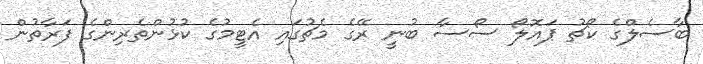
ބާސެލްގެ ކޯޗު ޕައޮލޯ ސޯސާ ބުނީ ރޭގެ މެޗުގައި އެޓީމުގެ ކުޅުންތެރިންގެ ފަރާތުން